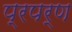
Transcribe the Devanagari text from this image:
प्रपर्ण